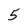
Character: 5